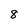
Character: 8